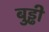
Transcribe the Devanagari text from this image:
बुड्ढी